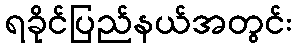
ရခိုင်ပြည်နယ်အတွင်း